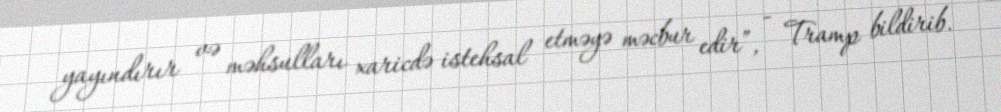
yayındırır və məhsulları xaricdə istehsal etməyə məcbur edir”, - Tramp bildirib.